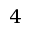
4